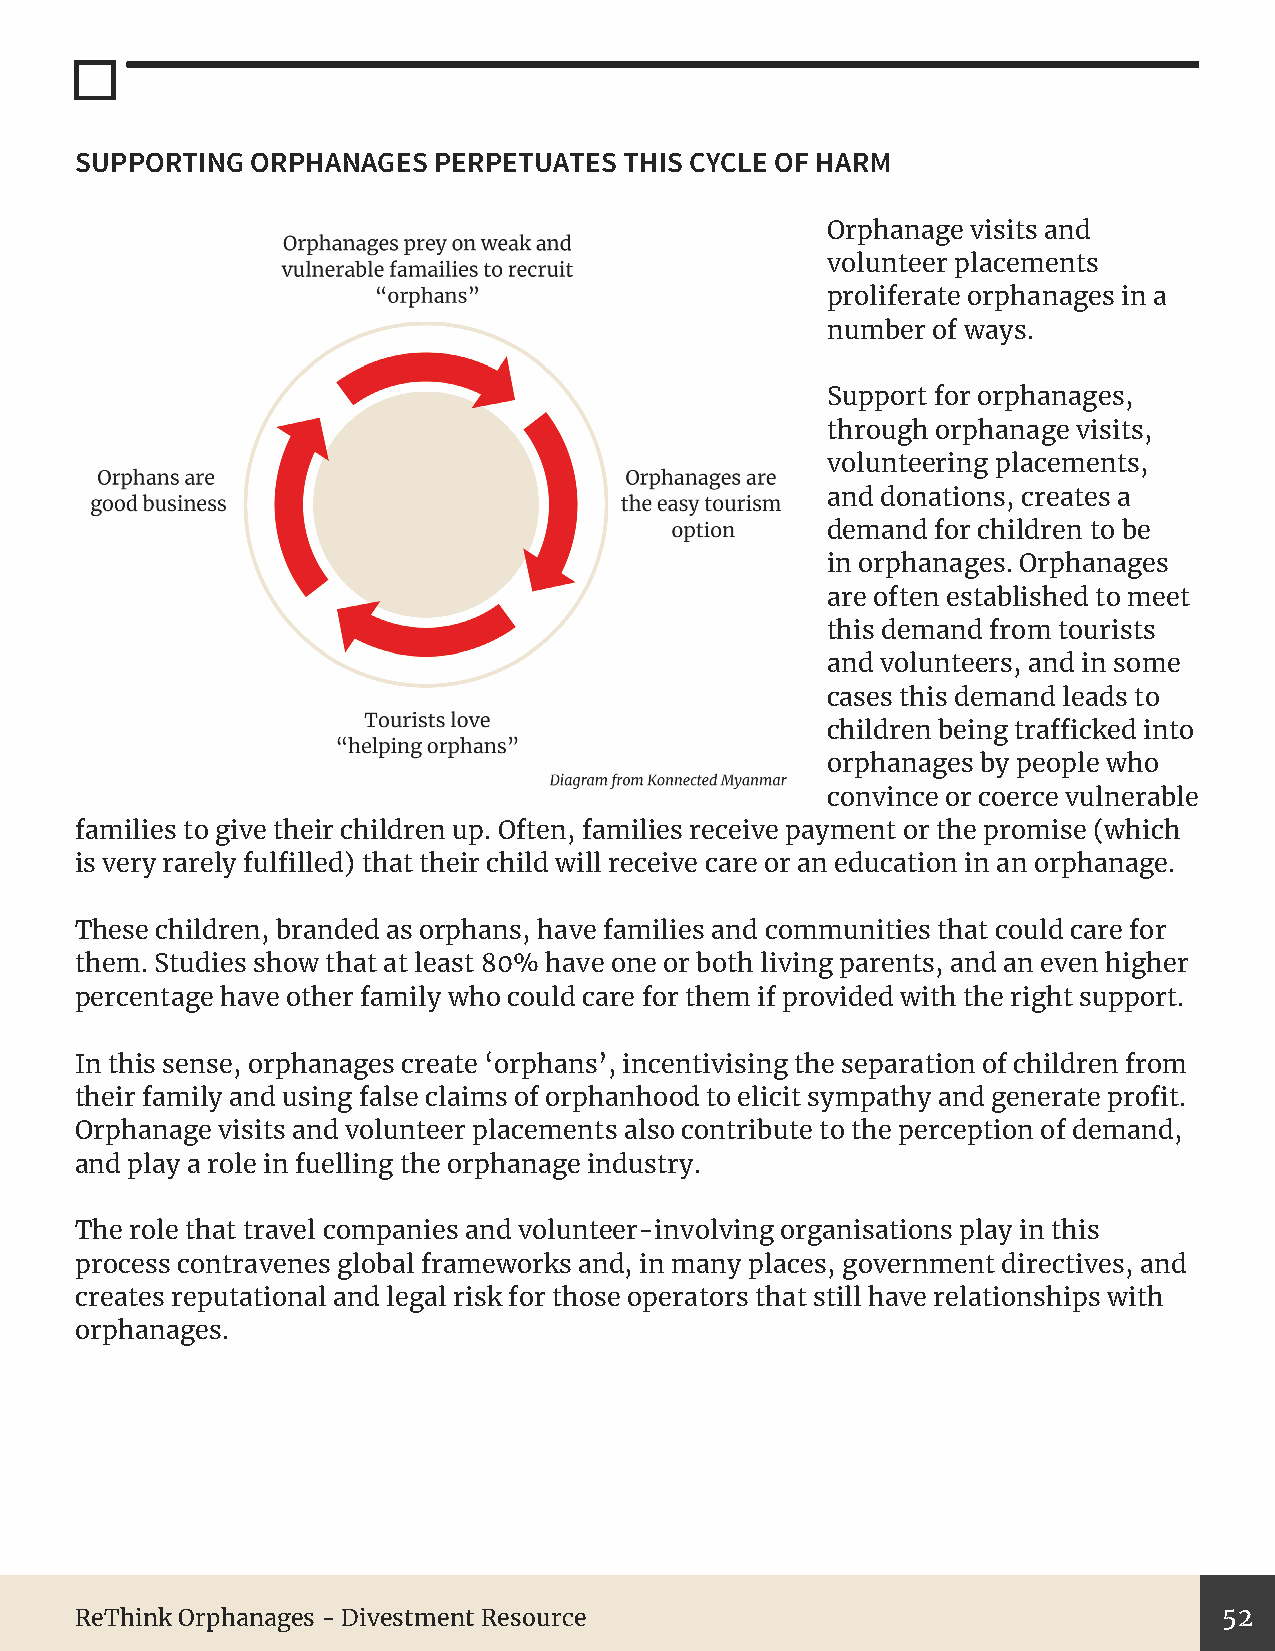
SUPPORTING  ORPHANAGES  PERPETUATES THIS CYCLE OF HARM
 Orphanage visits and
 volunteer placements
 proliferate orphanages in a
 number of ways.
 Support for orphanages,
 through orphanage visits,
 volunteering placements,
 and donations, creates a
 demand for children to be
 in orphanages. Orphanages
 are often established to meet
 this demand from tourists
 and volunteers, and in some
 cases this demand leads to
 children being trafficked into
 orphanages by people who
 convince or coerce vulnerable
 families to give their children up. Often, families receive payment or the promise (which
 is very rarely fulfilled) that their child will receive care or an education in an orphanage.
 These children, branded as orphans, have families and communities that could care for
 them. Studies show that at least 80% have one or both living parents, and an even higher
 percentage have other family who could care for them if provided with the right support.
 In this sense, orphanages create ‘orphans’, incentivising the separation of children from
 their family and using false claims of orphanhood to elicit sympathy and generate profit.
 Orphanage visits and volunteer placements also contribute to the perception of demand,
 and play a role in fuelling the orphanage industry.
 The role that travel companies and volunteer-involving organisations play in this
 process contravenes global frameworks and, in many places, government directives, and
 creates reputational and legal risk for those operators that still have relationships with
 orphanages.
 ReThink Orphanages - Divestment Resource                                    52